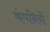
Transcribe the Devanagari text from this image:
कंपनियों